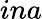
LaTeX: ina